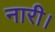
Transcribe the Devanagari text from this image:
नारी।